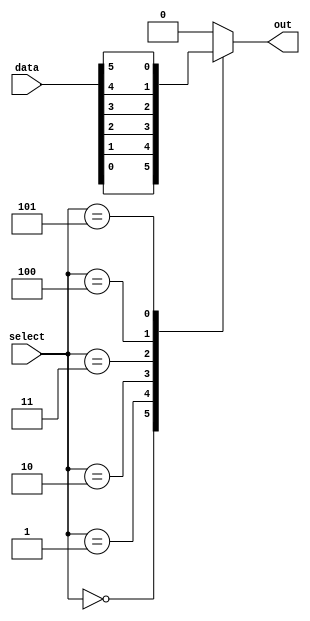
module mux_64to1 (
    input [63:0] data,
    input [5:0] select,
    output reg out
);
  
always @* begin
    case (select)
        6'h00: out = data[0];  
        6'h01: out = data[1];  
        6'h02: out = data[2];  
        6'h03: out = data[3];  
        6'h04: out = data[4];  
        6'h05: out = data[5];  
        // Repeat this pattern for the remaining input lines
        // Add more cases as needed
        // 6'h3F: out = data[63];
        default: out = 0;
    endcase
end

endmodule